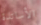
الأساتذة